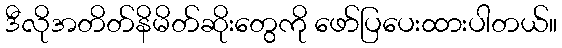
ဒီလိုအတိတ်နိမိတ်ဆိုးတွေကို ဖော်ပြပေးထားပါတယ်။